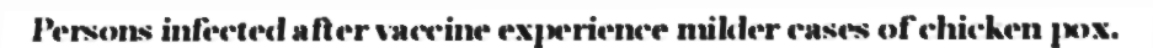
Persons infected after vaccine experience milder cases of chicken pox.